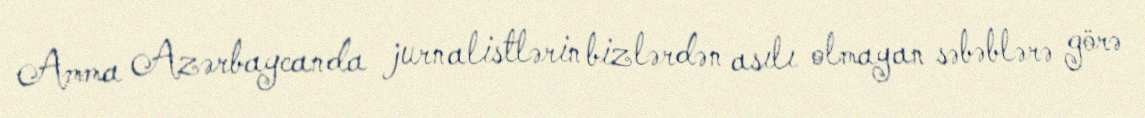
Amma Azərbaycanda jurnalistlərin bizlərdən asılı olmayan səbəblərə görə